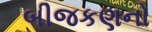
બીજકણનો